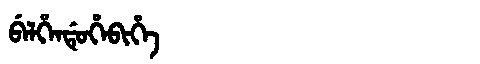
Manchu: ᠪᡝᠯᡥᡝᠨᡩᡠᡥᡝᠪᡳᡥᡝ
Romanization: BELHENDUHEBIHE